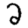
Digit: 2